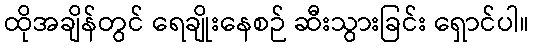
ထိုအချိန်တွင် ရေချိုးနေစဉ် ဆီးသွားခြင်း ရှောင်ပါ။